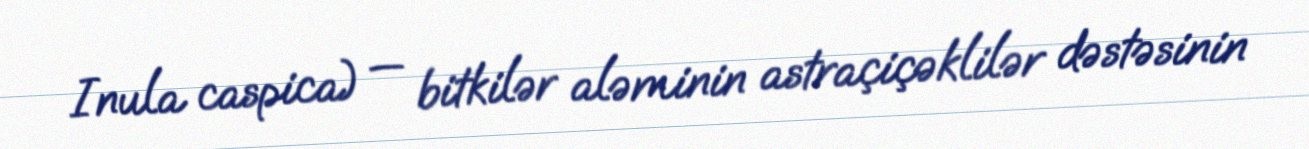
Inula caspica) — bitkilər aləminin astraçiçəklilər dəstəsinin